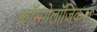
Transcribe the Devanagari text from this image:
कॉस्मोलॉजिकल